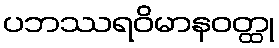
ပဘဿရဝိမာနဝတ္ထု